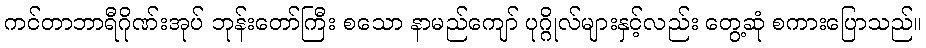
ကင်တာဘာရီဂိုဏ်းအုပ် ဘုန်းတော်ကြီး စသော နာမည်ကျော် ပုဂ္ဂိုလ်များနှင့်လည်း တွေ့ဆုံ စကားပြောသည်။